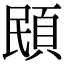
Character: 䪸